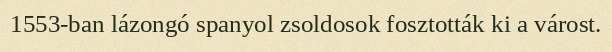
1553-ban lázongó spanyol zsoldosok fosztották ki a várost.